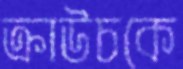
ক্রাউচকে